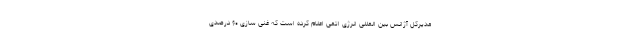
مدیرکل آژانس بین المللی انرژی اتمی اعلام کرده است که غنی سازی ۶۰ درصدی